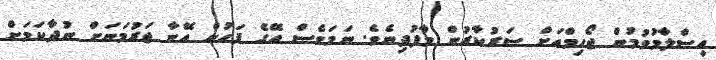
އިސްލާމުވުމުން ޖޯހިމްއަށް ސަރުކާރުން މާފުދިނެވެ. ނަމަވެސް އޭގެ ފަހުން އޭނާ ޖަރުމަނަށް ނުދާކަމަށް